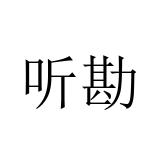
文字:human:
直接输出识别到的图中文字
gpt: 听勘